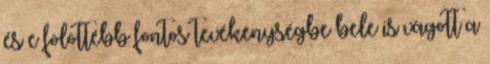
és e fölöttébb fontos tevékenységbe bele is vágott a